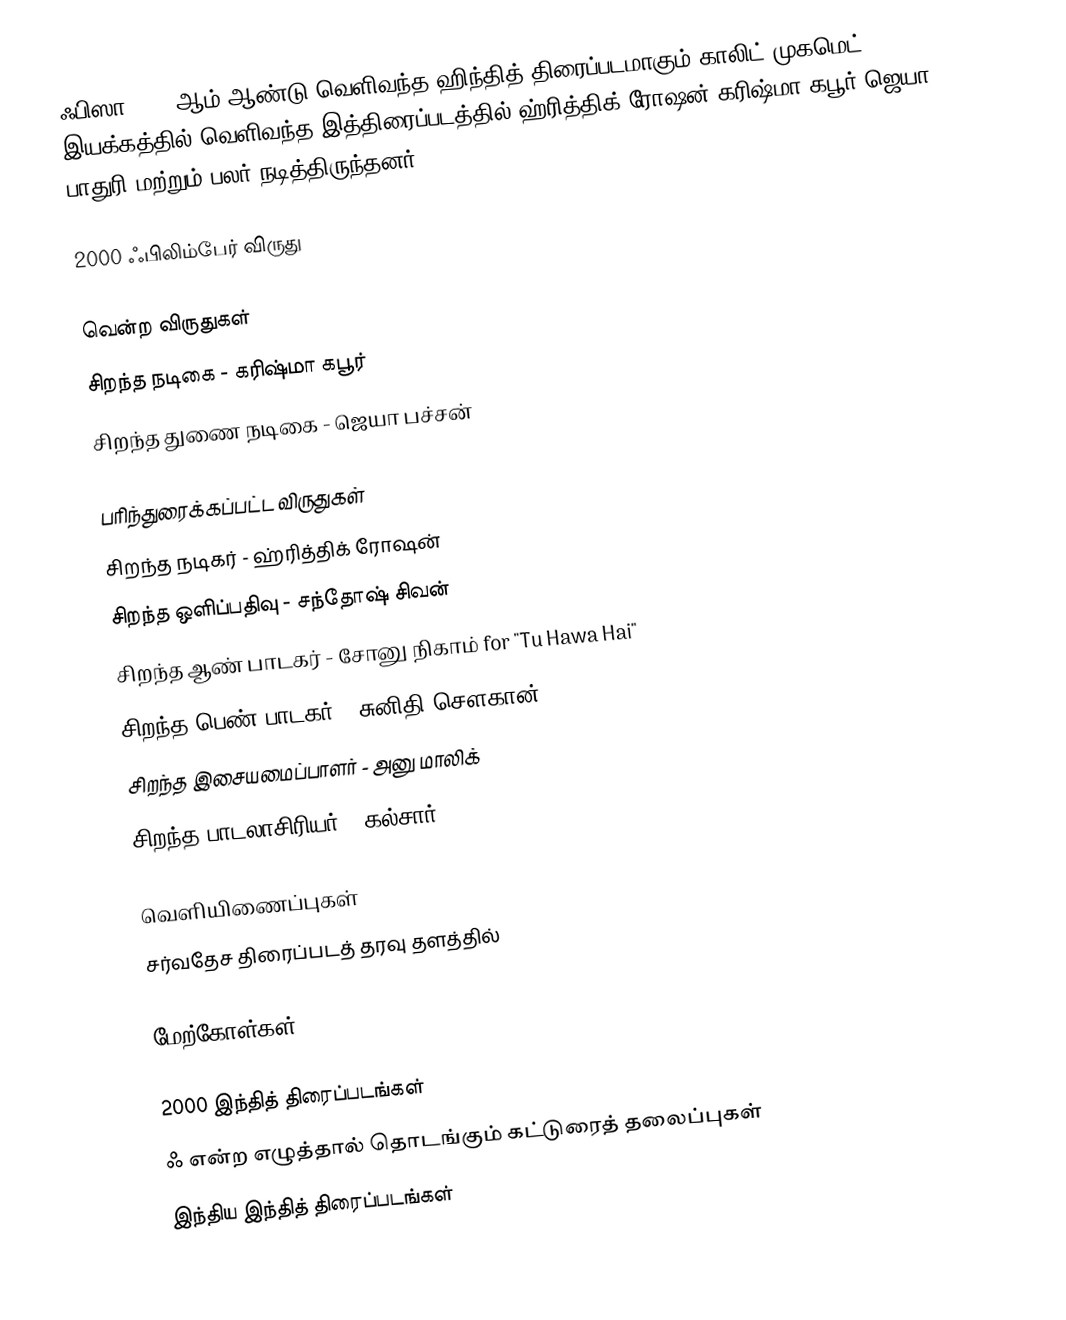
ஃபிஸா  2000 ஆம் ஆண்டு வெளிவந்த ஹிந்தித் திரைப்படமாகும்.காலிட் முகமெட் இயக்கத்தில் வெளிவந்த இத்திரைப்படத்தில் ஹ்ரித்திக் ரோஷன்,கரிஷ்மா கபூர்,ஜெயா பாதுரி மற்றும் பலர் நடித்திருந்தனர்.

2000 ஃபிலிம்பேர் விருது

வென்ற விருதுகள்
 சிறந்த நடிகை - கரிஷ்மா கபூர்
 சிறந்த துணை நடிகை - ஜெயா பச்சன்

பரிந்துரைக்கப்பட்ட விருதுகள்
 சிறந்த நடிகர் - ஹ்ரித்திக் ரோஷன்
 சிறந்த ஒளிப்பதிவு - சந்தோஷ் சிவன்
 சிறந்த ஆண் பாடகர் - சோனு நிகாம் for "Tu Hawa Hai"
 சிறந்த பெண் பாடகர் - சுனிதி சௌகான்  "Mehboob Mere"
 சிறந்த இசையமைப்பாளர் - அனு மாலிக்
 சிறந்த பாடலாசிரியர் - கல்சார்  "Aaja Mahi"

வெளியிணைப்புகள்
சர்வதேச திரைப்படத் தரவு தளத்தில்

மேற்கோள்கள்

2000 இந்தித் திரைப்படங்கள்
ஃ என்ற எழுத்தால் தொடங்கும் கட்டுரைத் தலைப்புகள்
இந்திய இந்தித் திரைப்படங்கள்